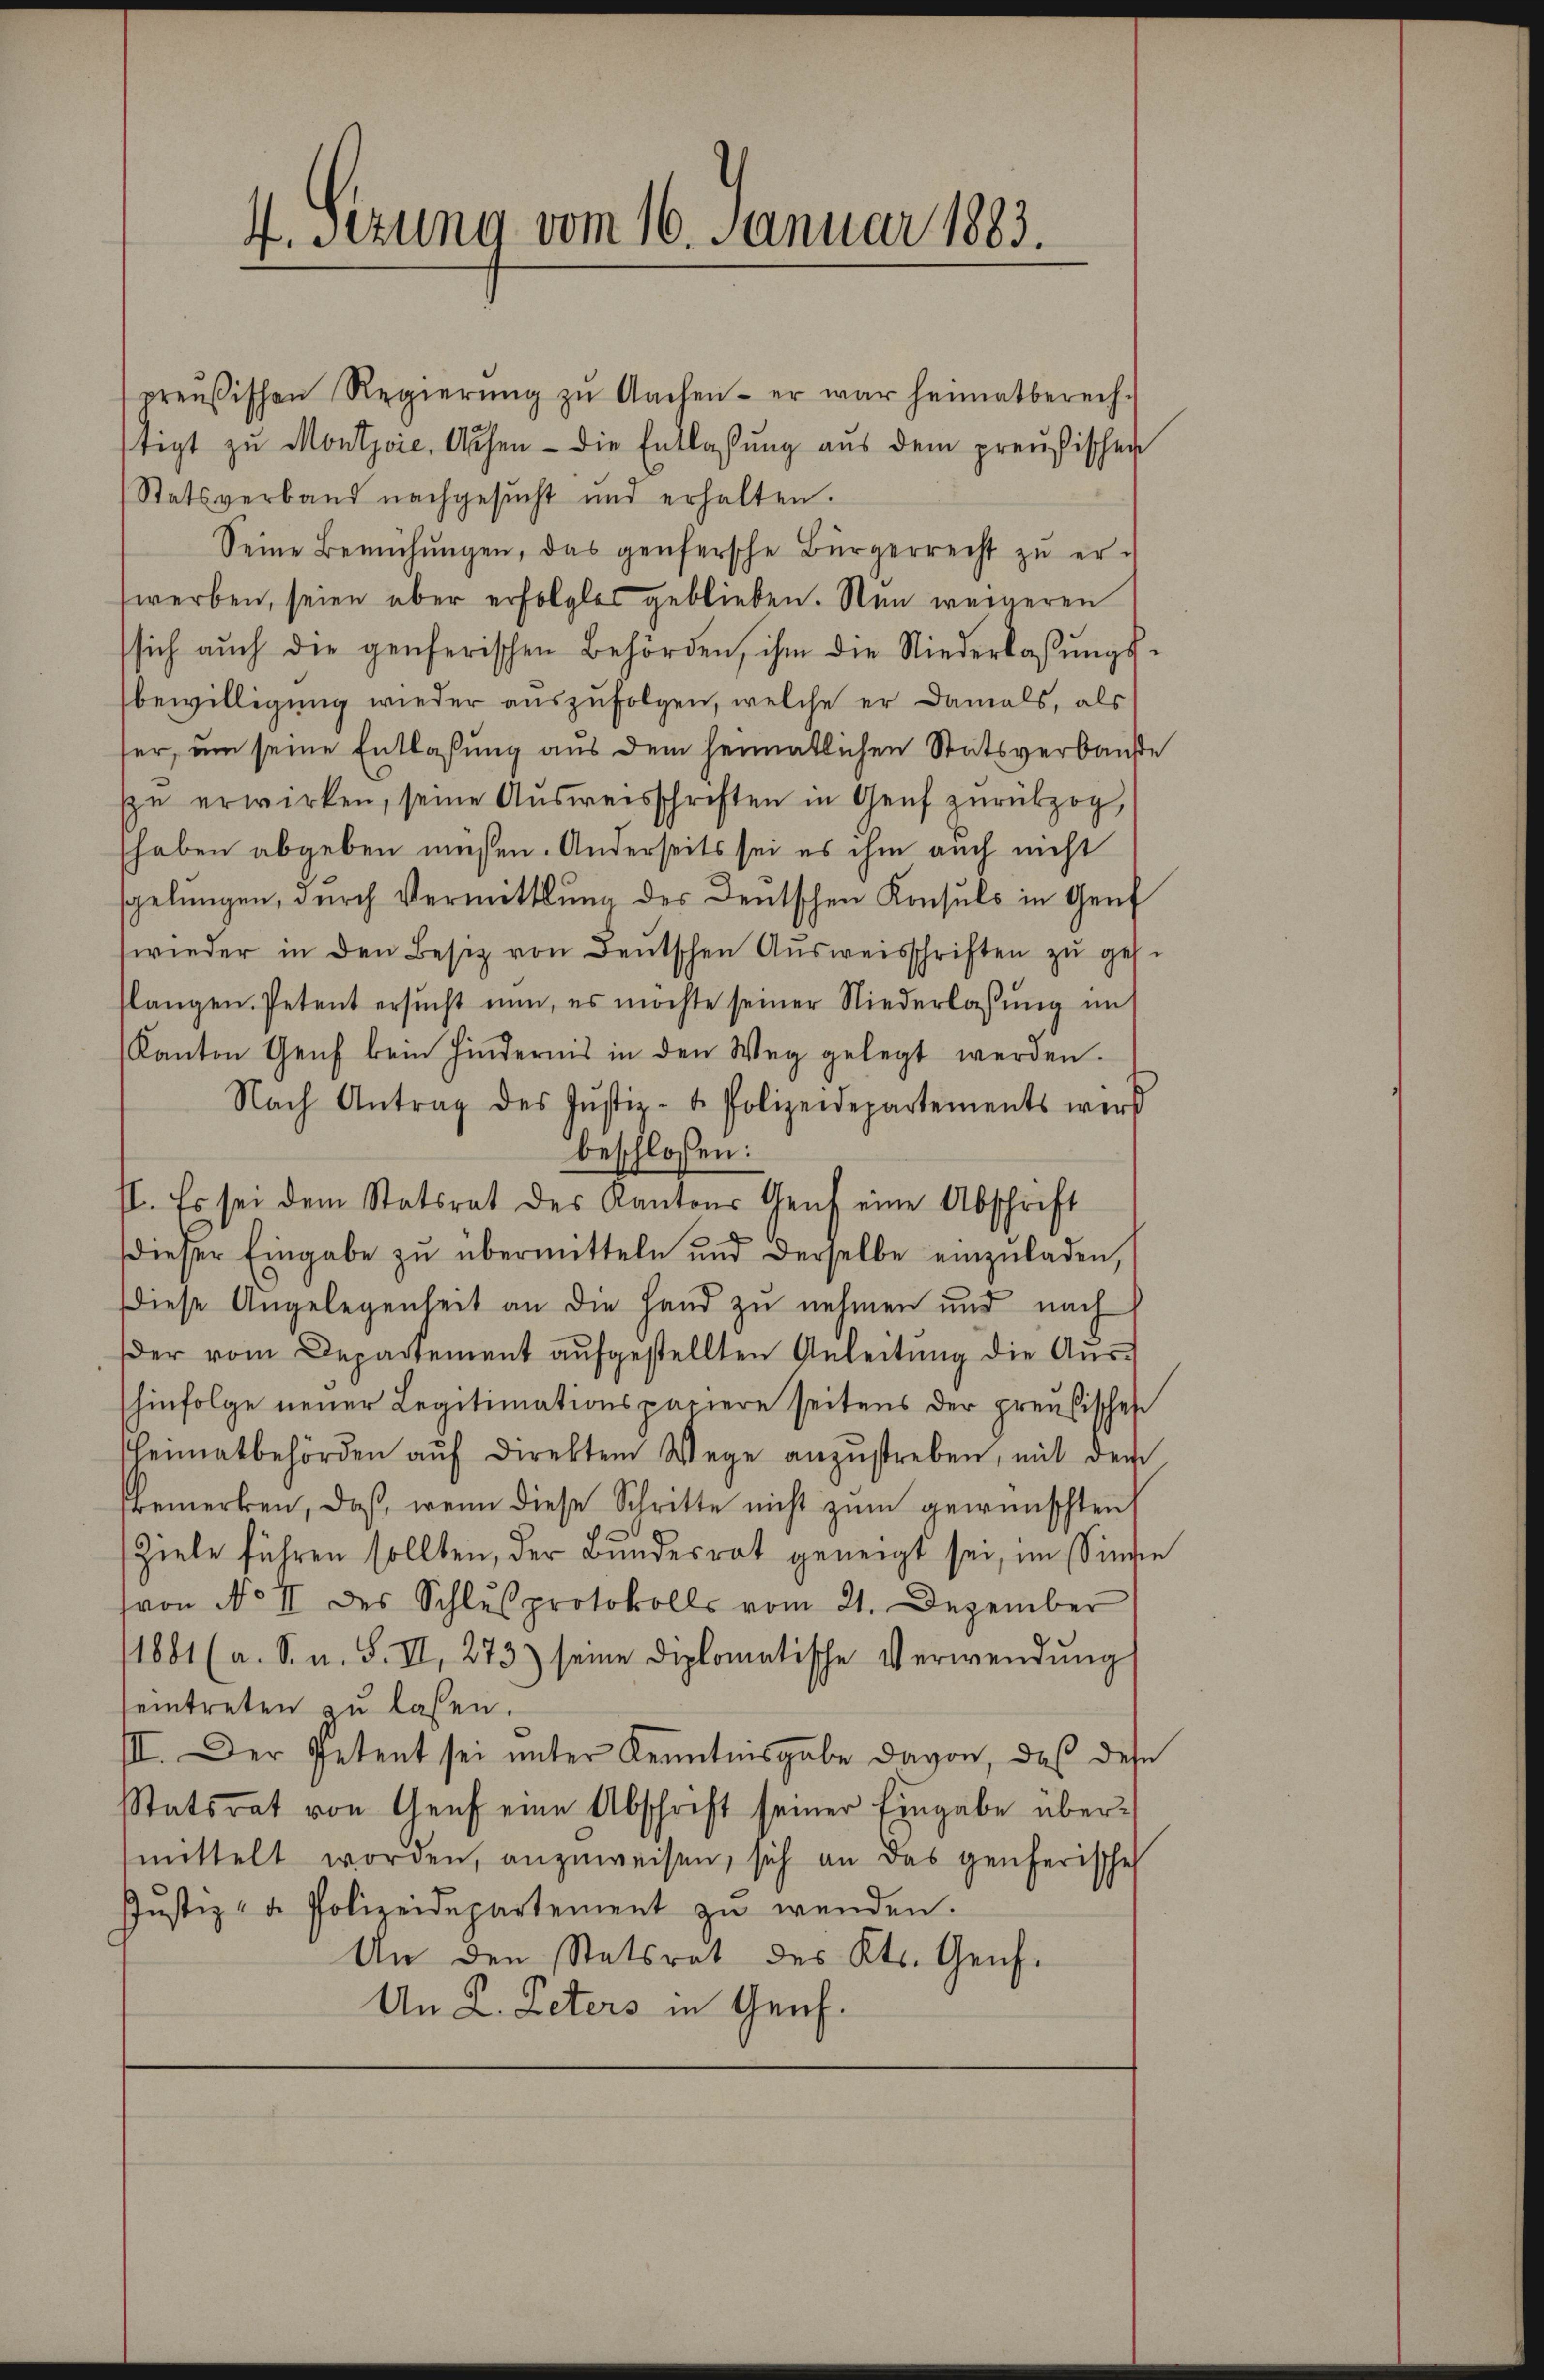
4. Sezung vom 16. Januar 1883.

preußischen Regierŭng zŭ Aachen- er war heimatberech-
tigt zu Montjoie, Aufen - die Entlassung aus dem preußischen
Statsverband nachgesucht und erhalten.
Seine Bemühŭngen, das genfersche Bürgerrecht zu erwerben, seien aber erfolgter geblieben. Nun weigeren
sich auch die genferischen Behörden, ihm die Niederlassŭngs-
bewilligung wieder auszufolgen, welche er damals, als
ser, um seine Entlaßung aus dem heimatlichen Statsverbaute
ppe erwirken, seine Aŭsweisschriften in Genf zurückzog,
haben abgeben müßen. Anderseits sei es ihm auch nicht
spelungen, durch Vermittlung der Deutschen Konsuls in Genf
wieder in den Besitz von Deutschen Aŭsweisschriften zŭ ges.
langen. Petent ersŭcht nun, es möchte seiner Niederlassŭng im
Kanton Genf kein Hindernis in den Weg gelegt werden.
Nach Antrag des Jŭstiz- & Polizeidepartements wird
beschlossen:
I. Es sei dem Statsrat des Kantons Genf eine Abschrift
dieser Eingabe zŭ übermitteln und derselbe einzŭladen,
Diese Angelegenheit an die Hand zu nehmen und nach
der vom Departement aŭfgestellten Anleitŭng die Aŭs-
hinfolge neuer Legitimationspapiere seitens der preusischen
heimatbehörden aŭf direkten Wege anzŭstreben, mit dem
bemerken, daß, wenn diese Schritte nicht zum gewünschten
Ziele führen sollten, der Bŭndesrat geneigt sei, im Sinden
von No II des Schlŭsprotokolls vom 21. Dezember
1881 (a. S. u. S. II, 273) seine diplomatische Verwendung
eintreten zu lassen.
III. Der Petent sei ŭnter Kenntnisgabe davon, daß des
Statsrat von Genf eine Abschrift seiner Eingabe übermittelt worden, anzŭweisen, sich an das Genferische
Justiz- u. Polizeidepartement zŭ wenden.
An den Statsrat des Kts. Genf.
An L. Peters in Genf.